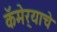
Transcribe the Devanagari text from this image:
कॅमेर्‍याचे